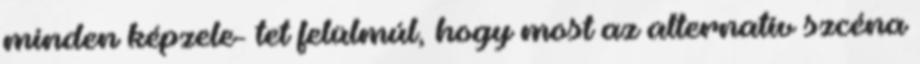
minden képzele- tet felülmúl, hogy most az alternatív szcéna